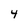
Character: 4